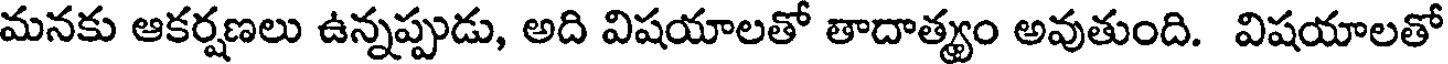
మనకు ఆకర్షణలు ఉన్నప్పుడు, అది విషయాలతో తాదాత్యం అవుతుంది. విషయాలతో